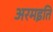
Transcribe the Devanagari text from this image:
अरमइति